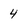
Character: 4